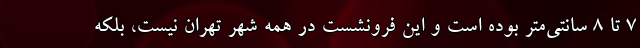
۷ تا ۸ سانتی‌متر بوده است و این فرونشست در همه شهر تهران نیست، بلکه